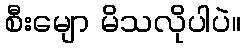
စီးမျော မိသလိုပါပဲ။